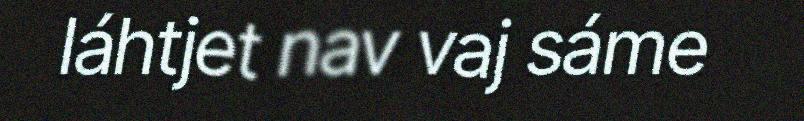
láhtjet nav vaj sáme